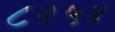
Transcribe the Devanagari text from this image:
८२५४